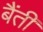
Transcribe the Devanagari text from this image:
बैंती